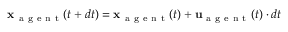
\mathbf { x } _ { \mathrm { ~ a ~ g ~ e ~ n ~ t ~ } } ( t + d t ) = \mathbf { x } _ { \mathrm { ~ a ~ g ~ e ~ n ~ t ~ } } ( t ) + \mathbf { u } _ { \mathrm { ~ a ~ g ~ e ~ n ~ t ~ } } ( t ) \cdot d t